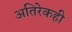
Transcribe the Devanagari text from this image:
अतिरेकही